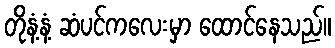
တိုနံ့နံ့ ဆံပင်ကလေးမှာ ထောင်နေသည်။